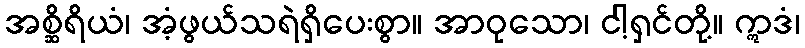
အစ္ဆိရိယံ၊ အံ့ဖွယ်သရဲရှိပေးစွာ။ အာဝုသော၊ ငါ့ရှင်တို့။ ဣဒံ၊